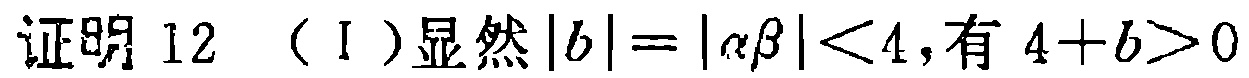
证明 12 （I）显然\(|b| = |\alpha\beta| < 4\)，有\(4 + b > 0\)